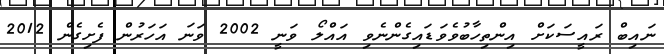
ނައިބް ރައީސަކަށް އިންތިހާބުވެވަޑައިގެންނެވި އައްލޯ ވަނީ 2002 ވަނަ އަހަރުން ފެށިގެން 2012